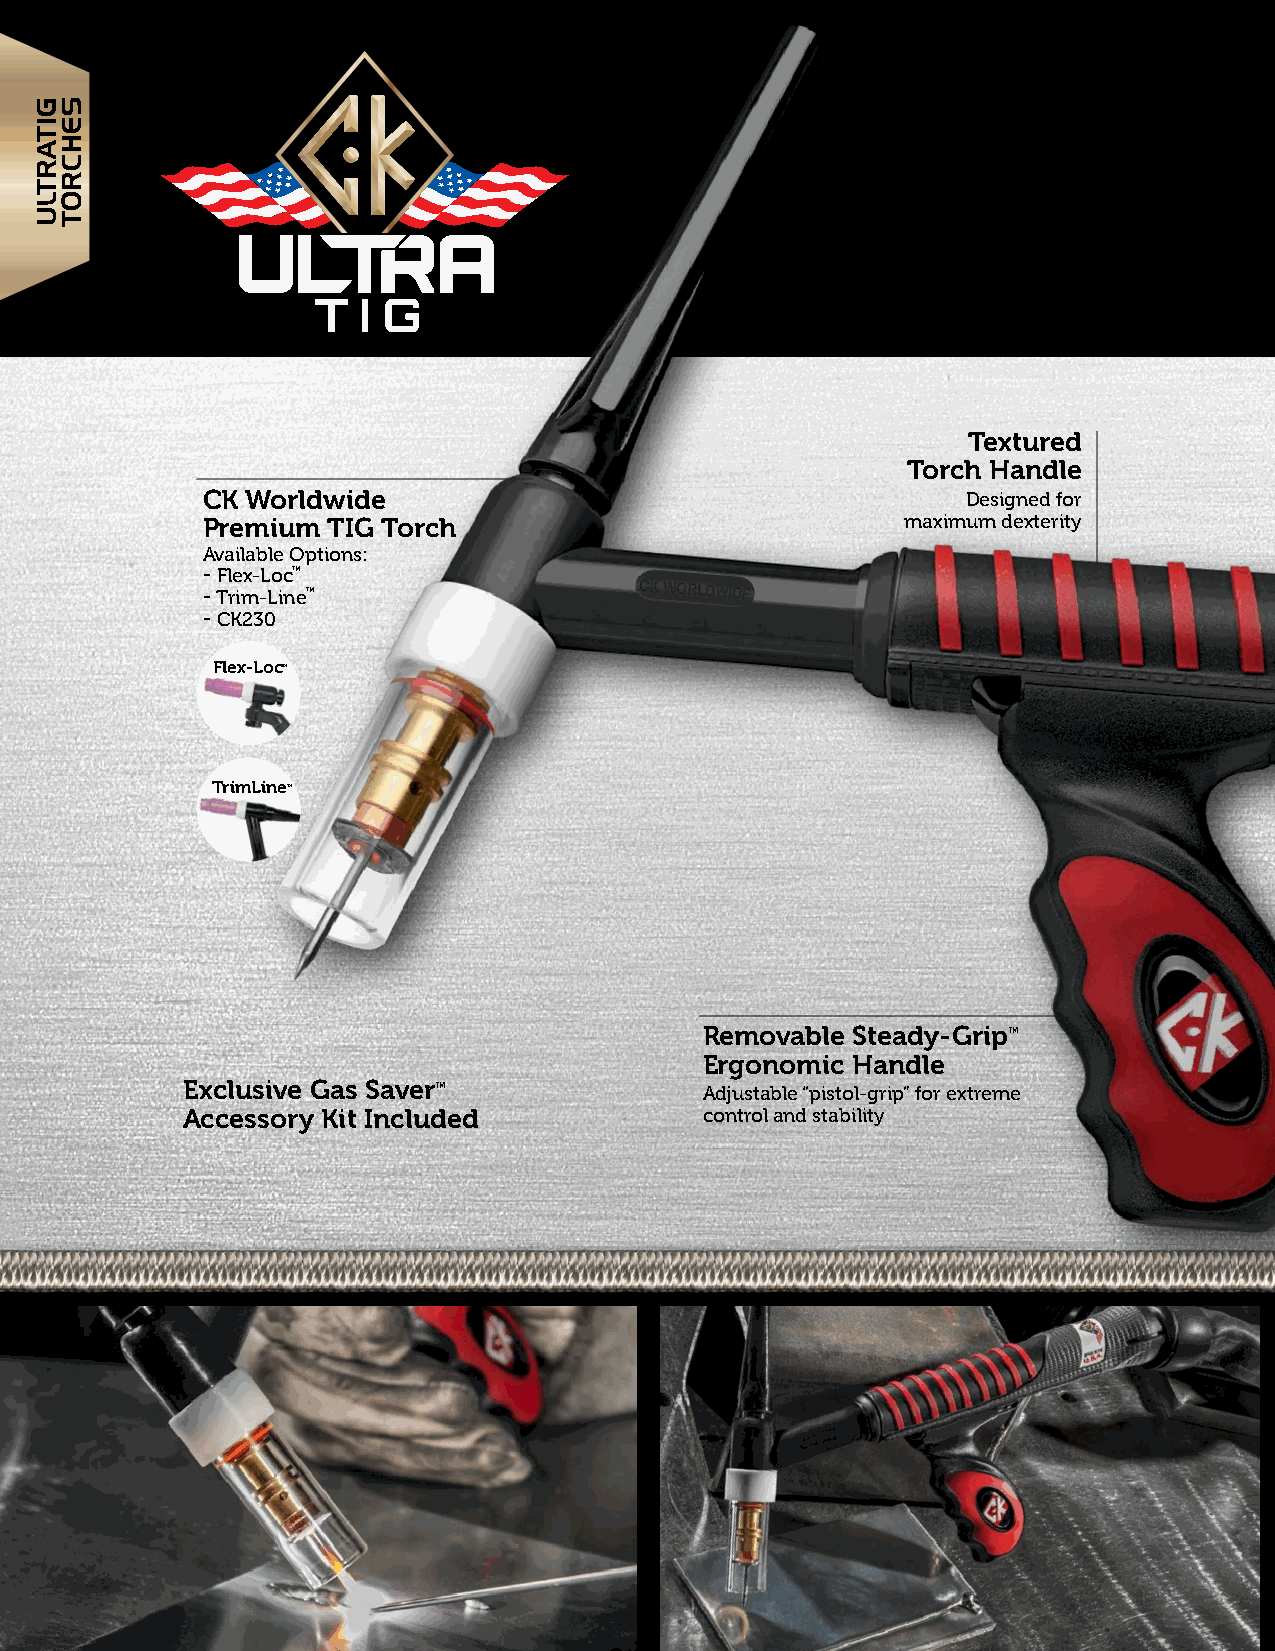
Textured
 Torch Handle
 CK Worldwide                                       Designed for
 Premium  TIG Torch                             maximum dexterity
 Available Options:
 -Flex-Loc™
 -Trim-Line™
 -CK230
 Flex-Loc™
 TrimLine™
 Removable Steady-Grip™
 Ergonomic Handle
 Exclusive Gas Saver™
 Adjustable “pistol-grip” for extreme
 Accessory Kit Included             control and stability
 GITARTLU SEHCROT